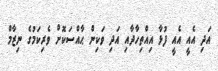
އަދި އެއީ އެއީ ފުޅާ އިއްތިހާދާއި އަދި ވަކިން ޙާއްސަކޮށް ވެރިކަމުގެ ނިޒާމް